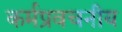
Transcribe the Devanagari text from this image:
कर्मप्रवचनीय